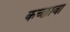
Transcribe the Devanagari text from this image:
कच्छावा